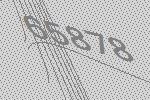
65878